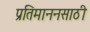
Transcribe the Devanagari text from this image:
प्रतिमाननसाठी